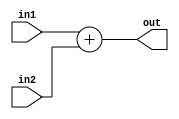
module adder( 
  input [32-1:0] in1 , in2  , 
  output reg  [32-1:0] out  
);
  assign out = in1 + in2 ; 
  
endmodule